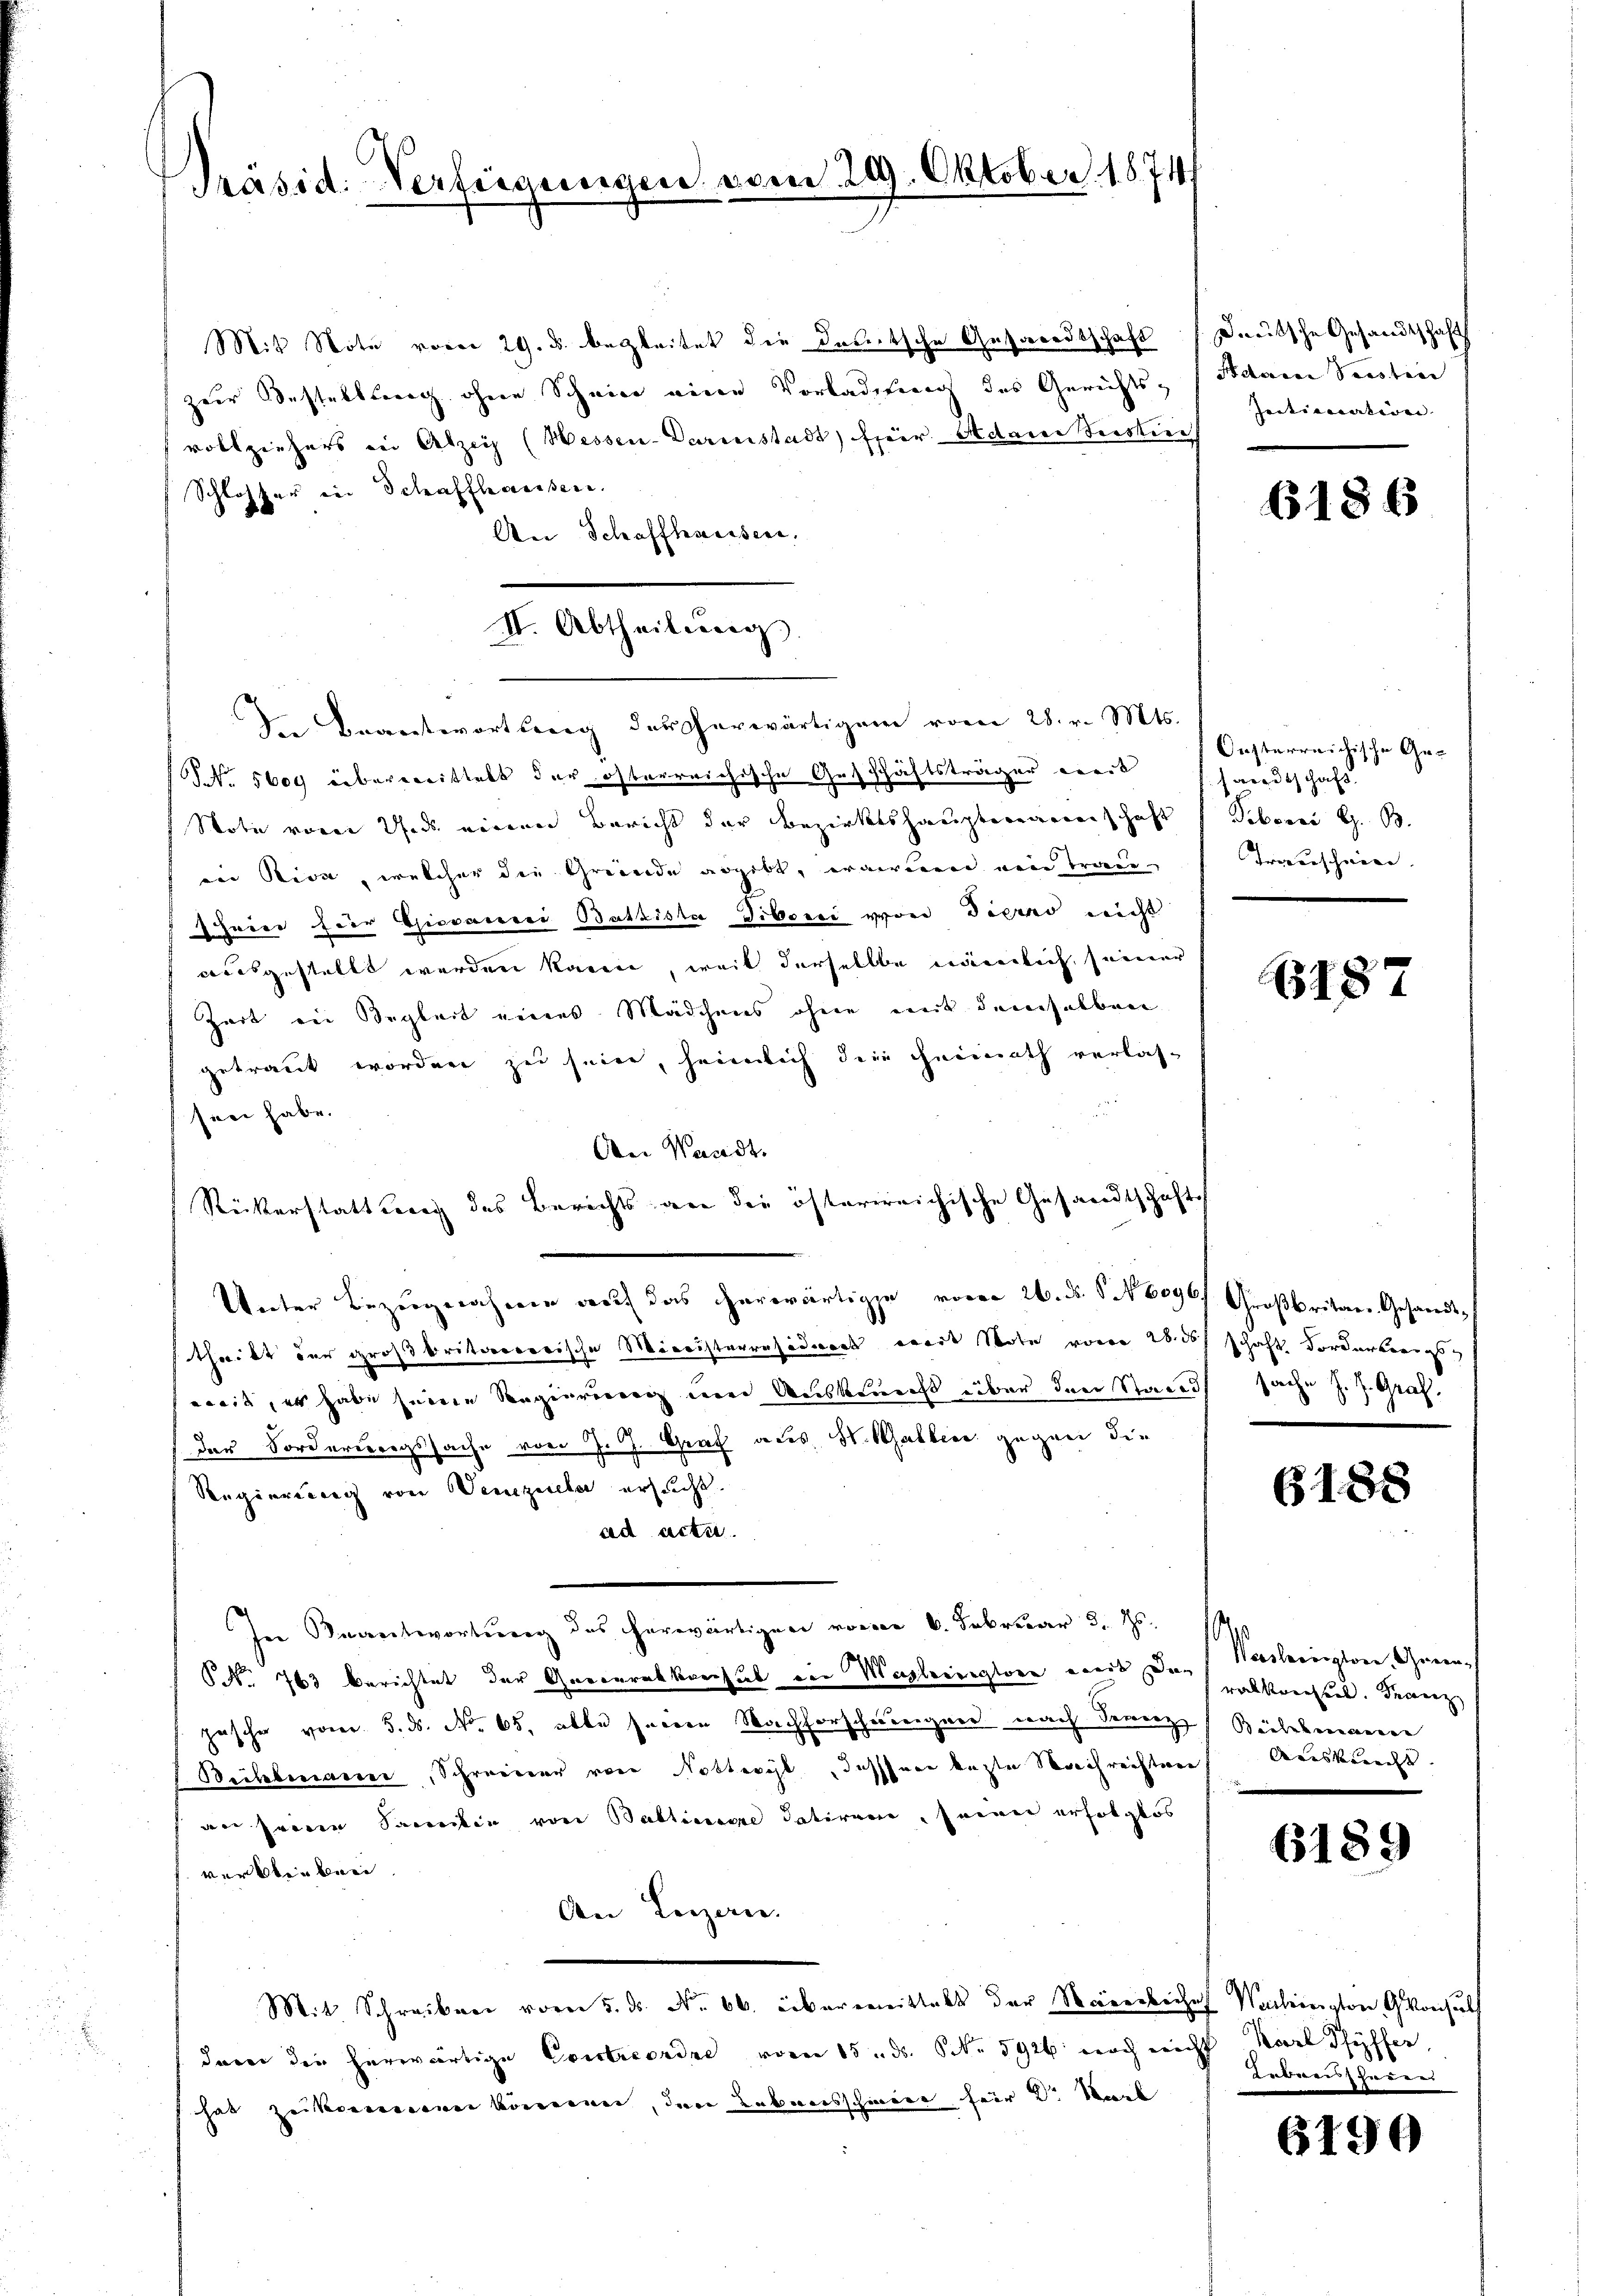
Präsid. Verfügungs

II. Abtheilieren

Mit Note vom 29. u. begleitet die deutsche Gesandtschaft Deutsche Gesandtschaft
zur Bestellung ohne Schein eine Vorladung des Gerichts- Adam Senten
vollziehers in Atzers (Wessen-Parenstadt) für Adame Besti
Schlosser in Schaffhaussere.
An Schaffhaussen.
In Beantwortung der herwärtigem vom 28. v. Mts.
NNo. 5609 überwittelt der österreichische Geschäftsträger weit
Stote vorer Thads verren Bericht der Bezirkshauptwegenenschaft
ein Riva, welcher die Greunde angebt, waren wein Traue
priet für Giovanei Batziska Diborii von Tiers nicht
ausgestellt werden kann, weil derselbe einerlich seiner
Zeit ein Begleit eines Mädchens ohne mit demselben
getraut worden zu seine, heimlich dein neinath verlassen habe.
An Waadt.
Rückerstattung des Berichts an die österreichische Gesandtschafts
Unter Bezugnahme auf das erwärtige vom 26. ds. S. 6096/ Großbritar-Gesandtsthailt der großbritvororische Ministerrasadiert wort Note von 2000f schaft vordertenigs
eit, er habe seinen Regierung und Auskunst über den Stade sache Z. Z. Graf.
der Forderbergssache von J. J. Graf aus H. Balbier gegen die
Regierung von Verzieler ersucht.
ad acta
In Beantwortung des herwärtigen vom 6. Februar d. Js.
P No. 763 berichtet der Quecurakkorhut ein Wegleinigten von deralkonsent. Franz
jüsche vom 5. ds. No. 65. alte seinen Nachforschwungen nach Serenz
Bechberamer, Schreierer von Notteil dessere lezte Nach reichtwer
an seinen Santin von Bablisse datiren, seiner erfolglos
verben bei
An Luzern.
Mit Schreiben vom 5. ds. No. 606. übermittalt der Mareiliches Washington Gonsuls
dann die herwärtige Contreordne vom 15. ds. 6 kr 5926 noch nicht Karl Pfyffer,
has zeikommen können, den Lebensschwere für Dr. Staat

n 229. Oktober 1874/

Intimation |

6186

Oesterreichische Gewrodtschaft
Tiberei G. B.
Triverschrie

187

B188

Woesherington Gegen¬
Baubekennen
Areskerecht. |
d

6189

ebanizzaren

6190